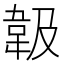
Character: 𩎕